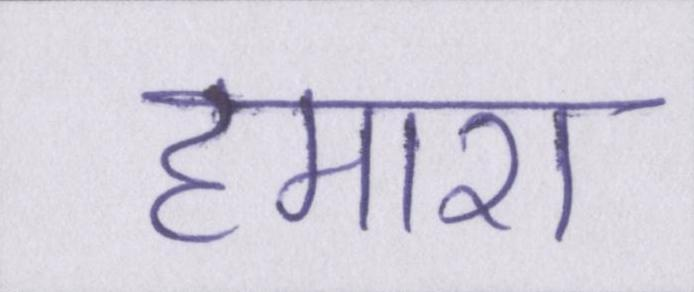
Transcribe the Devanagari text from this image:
हमारा